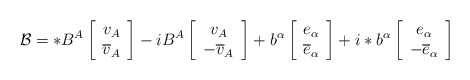
\begin{align*}\mathcal{B}=*B^A\left[\begin{array}{c} v_A \\\overline{v}_A\end{array} \right]-iB^A\left[\begin{array}{c} v_A \\-\overline{v}_A\end{array} \right]+b^{\alpha}\left[\begin{array}{c} e_{\alpha} \\\overline{e}_{\alpha} \end{array}\right]+i*b^{\alpha}\left[\begin{array}{c} e_{\alpha} \\-\overline{e}_{\alpha} \end{array}\right] \end{align*}